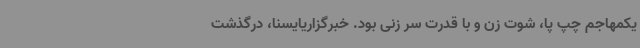
یکمهاجم چپ پا، شوت زن و با قدرت سر زنی بود. خبرگزاریایسنا، درگذشت